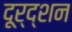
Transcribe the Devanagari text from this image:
दूर्द्शन